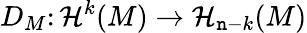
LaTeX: D_{M}\colon\mathcal{H}^{k}(M)\to\mathcal{H}_{\mathtt{n}-k}(M)